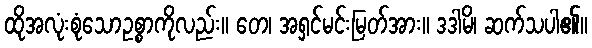
ထိုအလုံးစုံသောဥစ္စာကိုလည်း။ တေ၊ အရှင်မင်းမြတ်အား။ ဒဒါမိ၊ ဆက်သပါ၏။